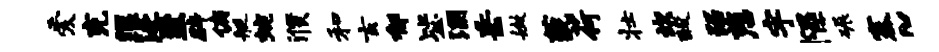
爱充眼泛至辟俯艇蜿濮和玄郁毖溷岳嫩藐荷壮坎酸踞慈宇隰碾塞~